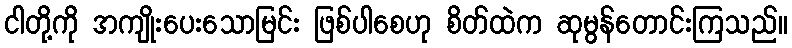
ငါတို့ကို အကျိုးပေးသောမြင်း ဖြစ်ပါစေဟု စိတ်ထဲက ဆုမွန်တောင်းကြသည်။